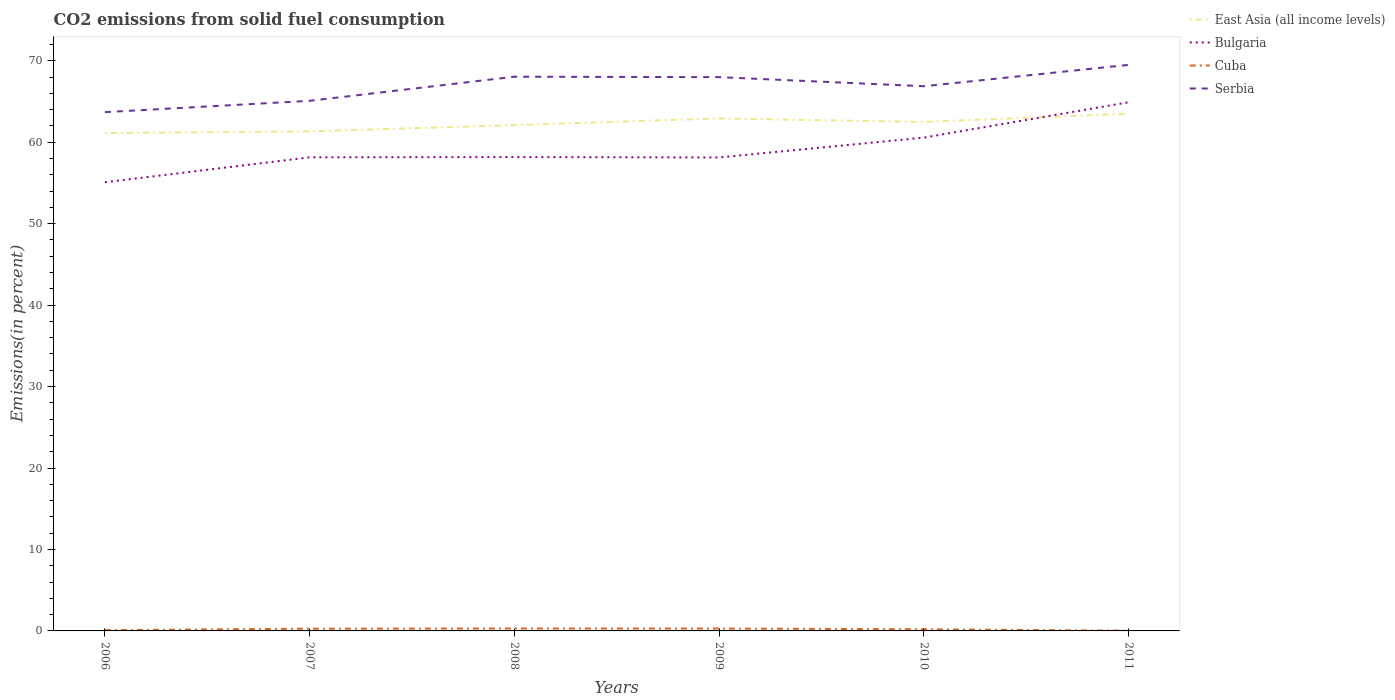
| Years | East Asia (all income levels) | Bulgaria | Cuba | Serbia |
 | --- | --- | --- | --- | --- |
 | 2006 | 61.1 | 55.1 | 0.0937 | 63.7 |
 | 2007 | 61.3 | 58.1 | 0.274 | 65.1 |
 | 2008 | 62.1 | 58.2 | 0.301 | 68 |
 | 2009 | 62.9 | 58.1 | 0.294 | 68 |
 | 2010 | 62.5 | 60.6 | 0.201 | 66.9 |
 | 2011 | 63.5 | 64.9 | 0.0306 | 69.5 |